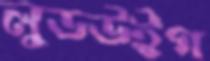
লুডউইগ